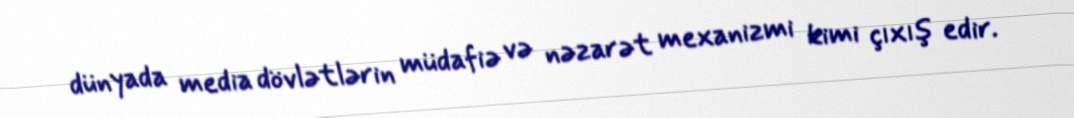
dünyada media dövlətlərin müdafiə və nəzarət mexanizmi kimi çıxış edir.